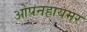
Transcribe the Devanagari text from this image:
ओपनहायमर